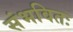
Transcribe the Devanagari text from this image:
संभवितः